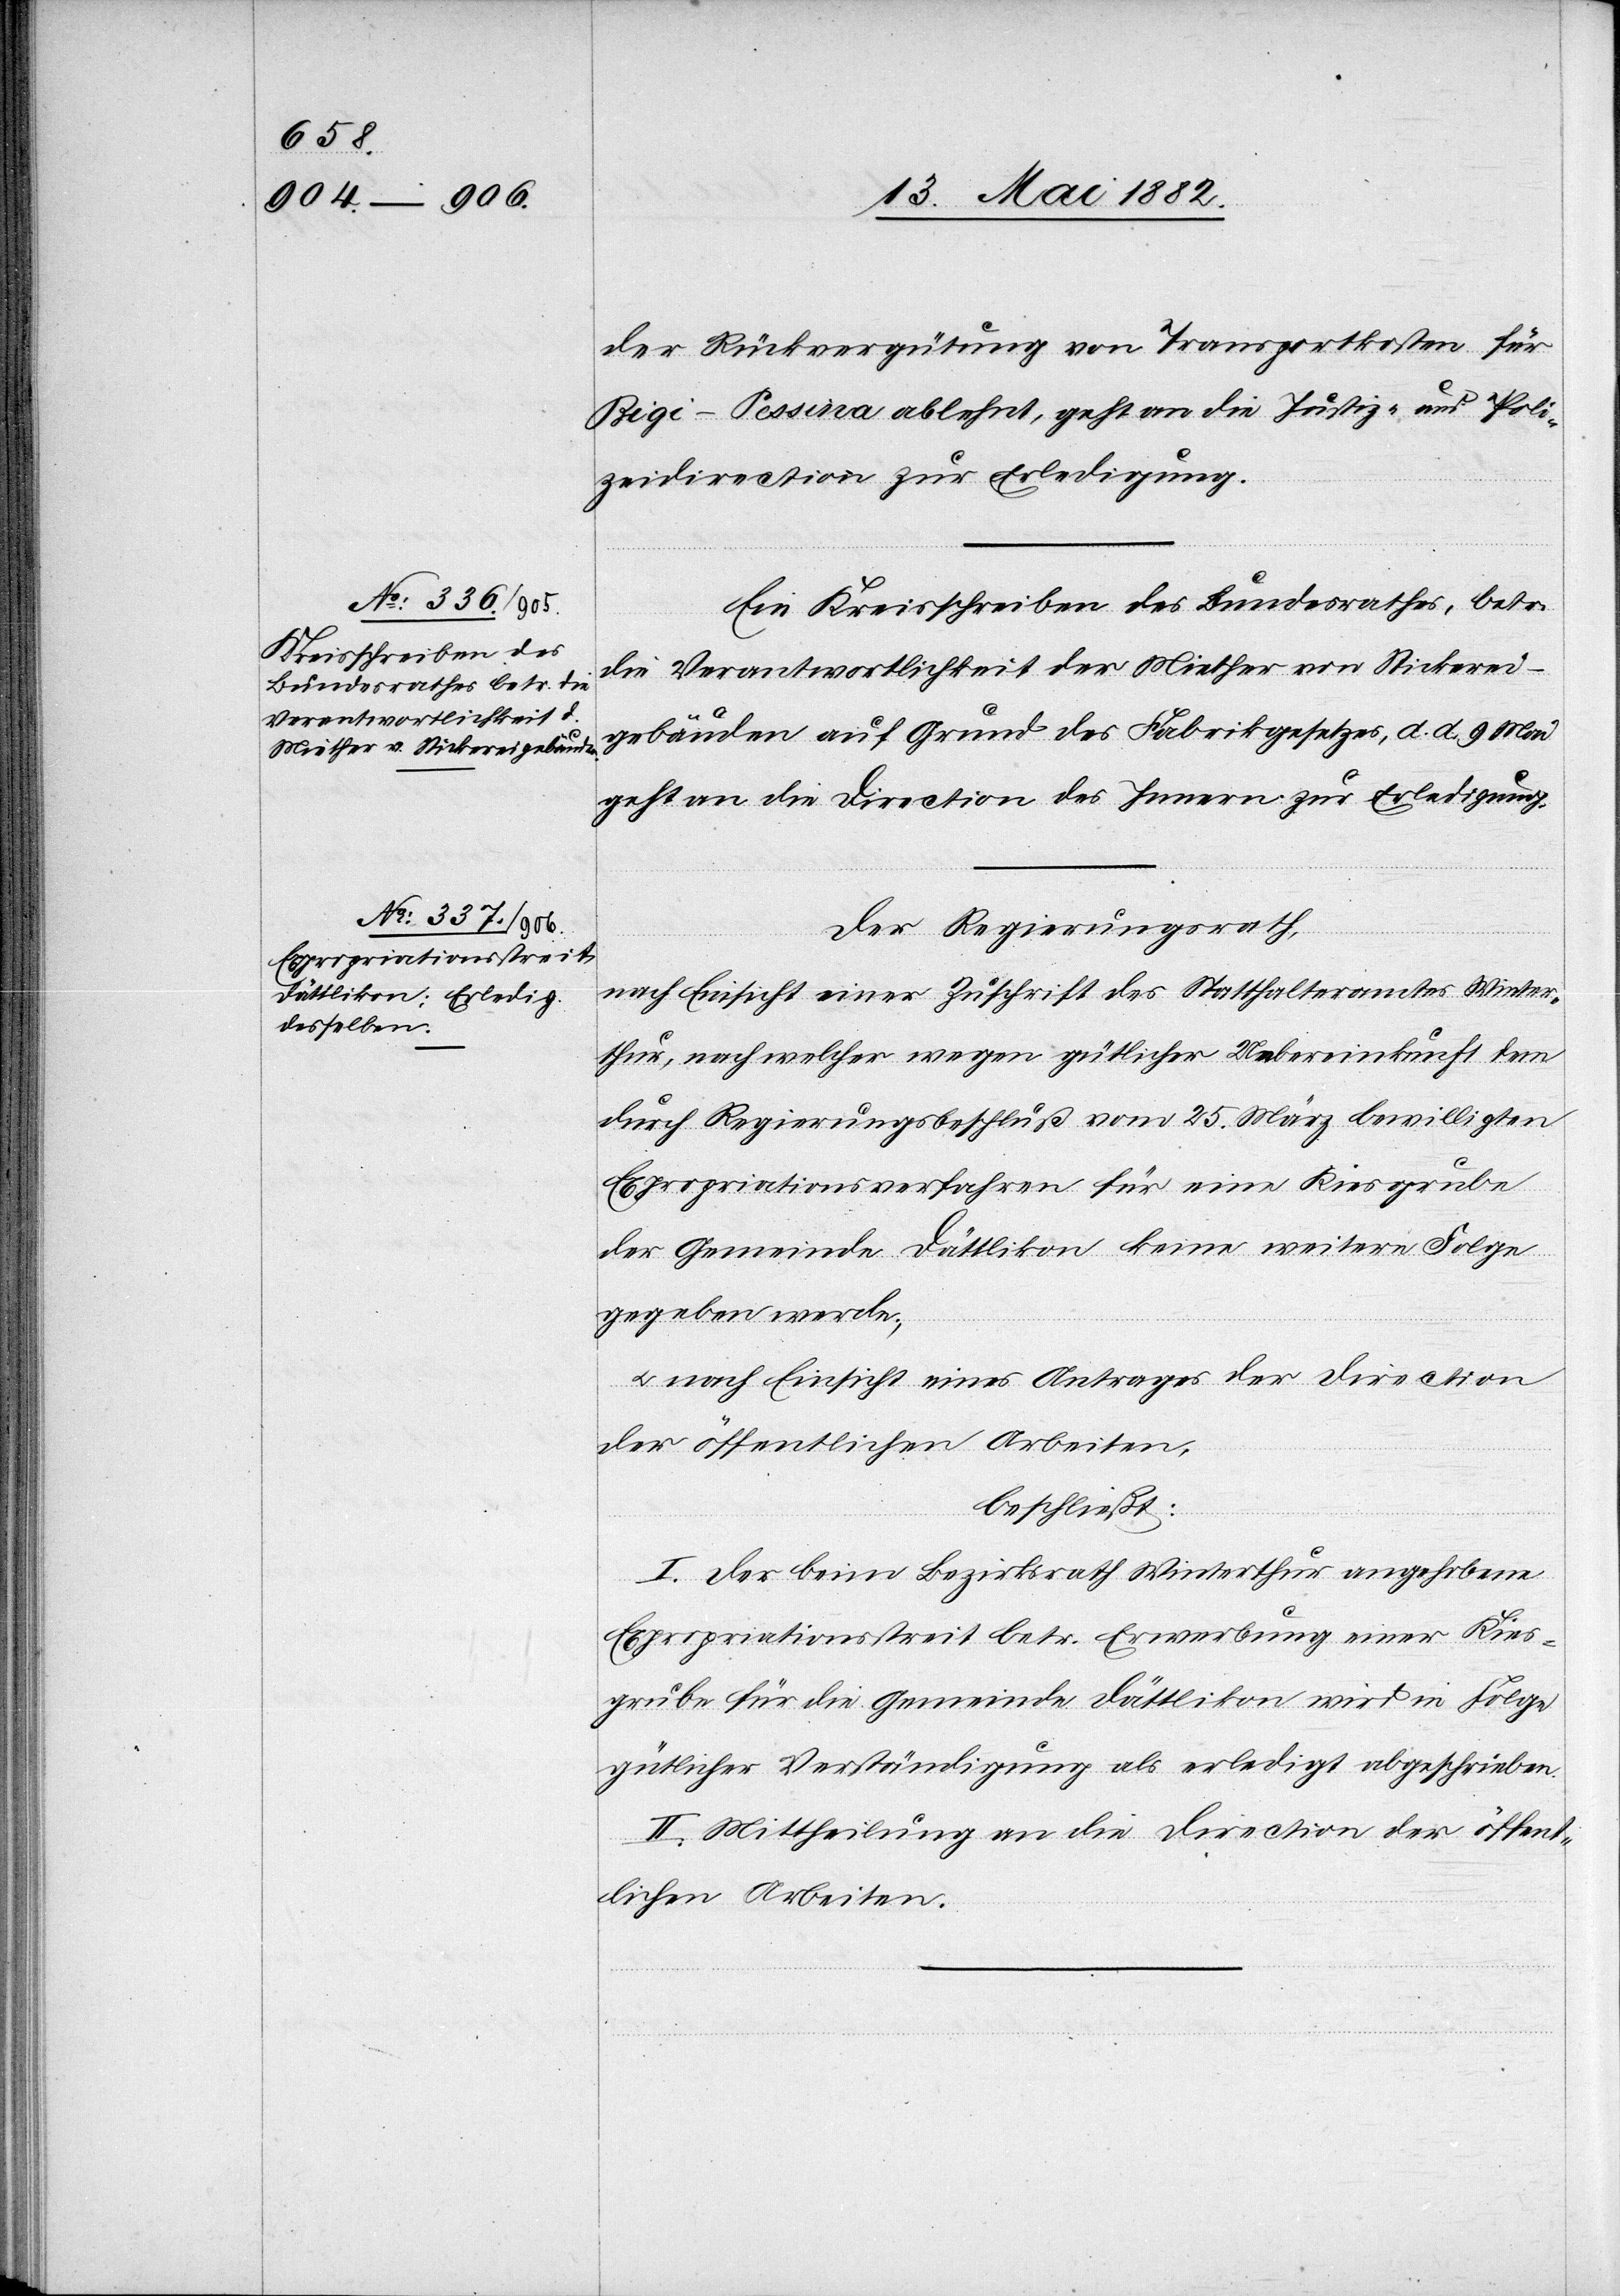
15. Mai 1882.]
der Rückvergütung von Transportkosten für
Rigi - Pessina ablehnt, geht an die Justiz- und Poli¬
zeidirection zur Erledigung.
Ein Kreisschreiben des Bundesrathes, betr.
die Verantwortlichkeit der Miether von Stickerei¬
gebäuden auf Grund des Fabrikgesetzes, d. d. 9. Mai
geht an die Direction des Innern zur Erledigung.
Der Regierungsrath,
nach Einsicht einer Zuschrift des Statthalteramtes Winter¬
thur, nach welcher wegen gütlicher Uebereinkunft dem
durch Regierungsbeschluß vom 25. März bewilligten
Expropriationsverfahren für eine Kiesgrube
der Gemeinde Dättlikon keine weitere Folge
gegeben werde;
u. nach Einsicht eines Antrages der Direction
der öffentlichen Arbeiten,
beschließt:
I. Der beim Bezirksrath Winterthur angehobene
Expropriationsstreit betr. Erwerbung einer Kies¬
grube für die Gemeinde Dättlikon wird in Folge
gütlicher Verständigung als erledigt abgeschrieben.
II. Mittheilung an die Direction der öffent¬
lichen Arbeiten.